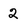
Character: 2